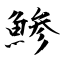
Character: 鯵